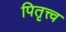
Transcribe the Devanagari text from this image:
पितृत्त्व